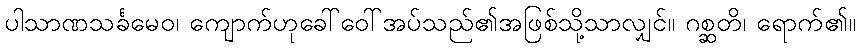
ပါသာဏသင်္ခမေဝ၊ ကျောက်ဟုခေါ်ဝေါ်အပ်သည်၏အဖြစ်သို့သာလျှင်။ ဂစ္ဆတိ၊ ရောက်၏။